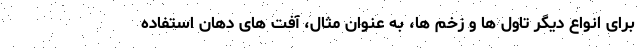
برای انواع دیگر تاول ها و زخم ها، به عنوان مثال، آفت های دهان استفاده